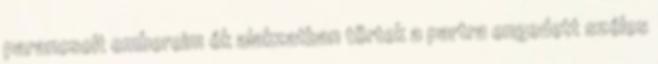
parancsolt embereim ék alakzatban törtek a partra engedett széles